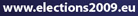
www.elections2009.eu